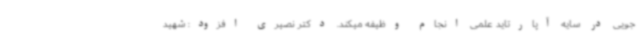
جویی در سایه آپارتاید علمی انجام وظیفه میکند. دکتر نصیری افزود: شهید